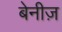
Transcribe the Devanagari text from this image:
बेनीज़